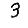
Digit: 3